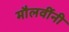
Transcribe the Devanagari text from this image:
मौलवींनी